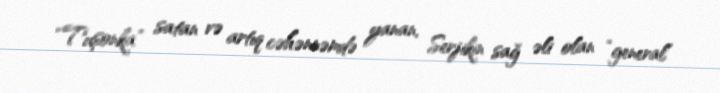
“Tuşonka” satan və artıq cəhənnəmdə yanan, Serjikin sağ əli olan “general”